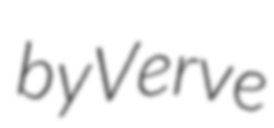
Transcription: by Verve